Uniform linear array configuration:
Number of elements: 12
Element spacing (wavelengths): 1
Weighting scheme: cosine
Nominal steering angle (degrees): -30
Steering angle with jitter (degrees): -30.266
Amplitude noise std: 0.05
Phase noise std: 0.05

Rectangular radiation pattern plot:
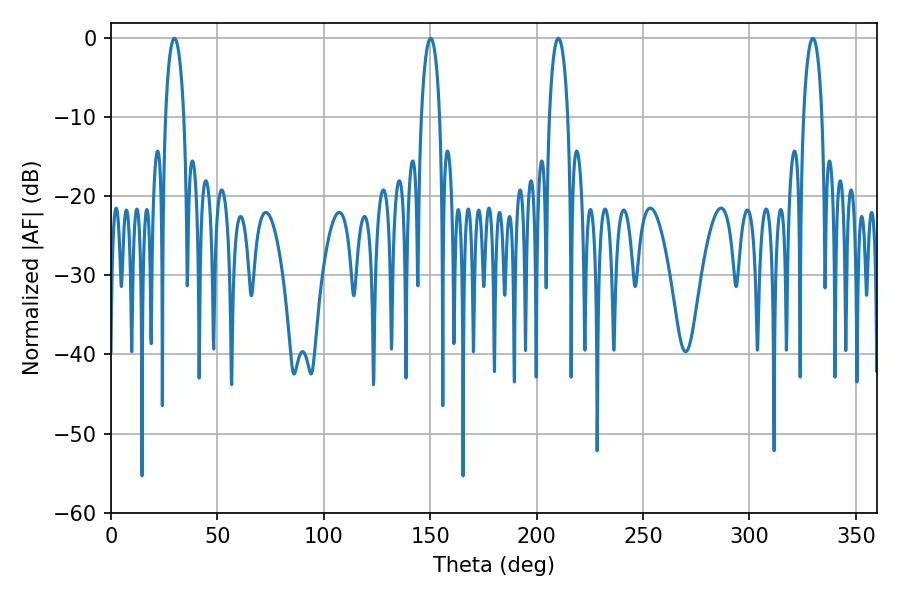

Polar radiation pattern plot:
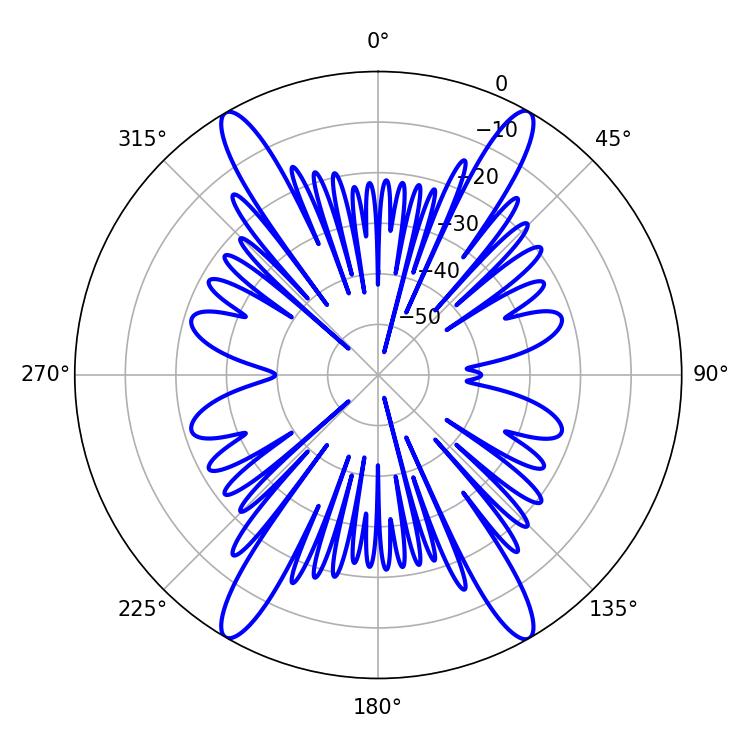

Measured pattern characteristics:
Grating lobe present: TRUE
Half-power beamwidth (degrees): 5.04
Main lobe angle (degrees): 329.76